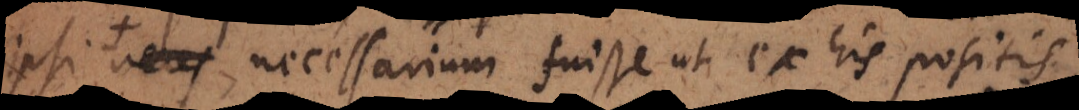
possimus, necessarium fuisse ut ex his positis